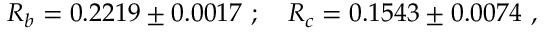
R _ { b } = 0 . 2 2 1 9 \pm 0 . 0 0 1 7 ~ ; ~ ~ ~ R _ { c } = 0 . 1 5 4 3 \pm 0 . 0 0 7 4 ~ ,